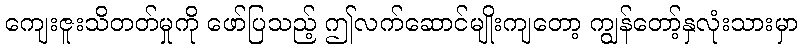
ကျေးဇူးသိတတ်မှုကို ဖော်ပြသည့် ဤလက်ဆောင်မျိုးကျတော့ ကျွန်တော့်နှလုံးသားမှာ